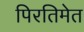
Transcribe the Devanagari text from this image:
पिरतिमेत